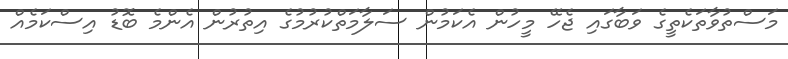
މަސްތުވާތަކެތީގެ ވަބާގައި ޖެހޭ މީހުން އެކަމުން ސަލާމަތްކުރުމުގެ އިތުރުން އެންމެ ބޮޑު އިސްކަމެއް